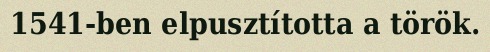
1541-ben elpusztította a török.